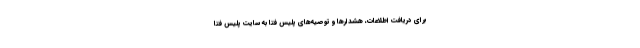
برای دریافت اطلاعات، هشدارها و توصیه‌های پلیس فتا به سایت پلیس فتا